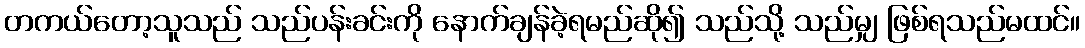
တကယ်တော့သူသည် သည်ပန်းခင်းကို နောက်ချန်ခဲ့ရမည်ဆို၍ သည်သို့ သည်မျှ ဖြစ်ရသည်မထင်။